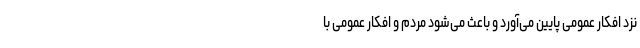
نزد افکار عمومی پایین می‌آورد و باعث می‌شود مردم و افکار عمومی با